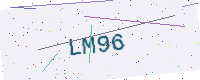
Text: LM96